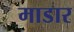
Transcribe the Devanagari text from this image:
माडार